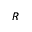
R